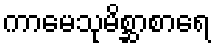
ကာမေသုမိစ္ဆာစာရေ